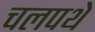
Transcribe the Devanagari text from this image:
चलपथे